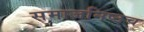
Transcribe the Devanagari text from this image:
समाजनिष्ठच